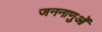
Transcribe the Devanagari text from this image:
जननाणुओं